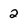
Character: 2